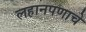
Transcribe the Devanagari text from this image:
लहानपणाचे